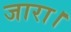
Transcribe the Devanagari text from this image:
जारा।